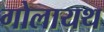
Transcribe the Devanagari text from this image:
गोलायथ